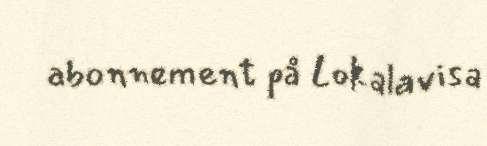
abonnement på Lokalavisa